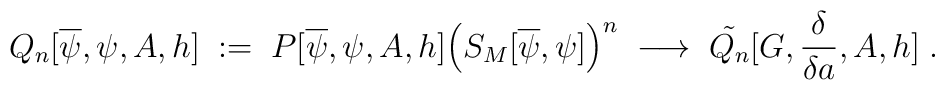
Q_n[\overline{\psi},\psi,A,h] \; := \;P[\overline{\psi},\psi,A,h] \Big(S_M[\overline{\psi},\psi]\Big)^n \;\longrightarrow \; \tilde{Q_n} [G,\frac{\delta}{\delta a},A,h] \; .